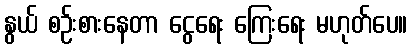
နွယ် စဉ်းစားနေတာ ငွေရေး ကြေးရေး မဟုတ်ပေ။